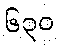
၆၃၀